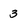
Character: 3